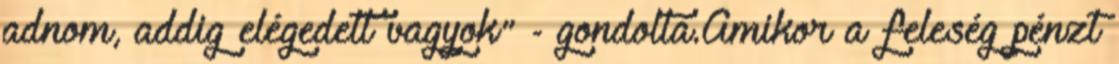
adnom, addig elégedett vagyok" - gondolta.Amikor a feleség pénzt